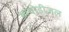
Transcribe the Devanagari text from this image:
बायोडीज़ल